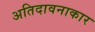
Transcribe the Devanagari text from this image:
अतिदावनाकार